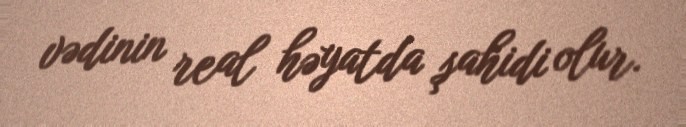
vədinin real həyatda şahidi olur.